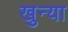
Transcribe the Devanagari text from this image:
खुन्या